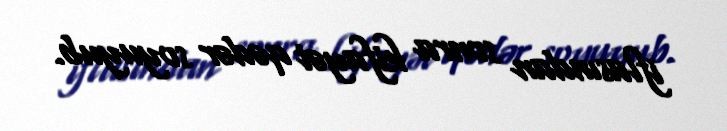
iflasından sonra kifayət qədər soyuyub.